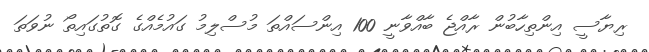
ރިޔާސީ އިންތިހާބުން ރާއްޖެ ބާއްވާނީ 100 އިންސައްތަ މުސްލިމު ގައުމެއްގެ ގޮތުގައިތޯ ނުވަތަ